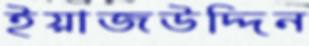
ইয়াজউদ্দিন